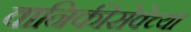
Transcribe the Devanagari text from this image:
वानिकीसेवेच्या